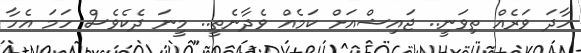
ހާދަ ވަރެއް ތިވަނީ.. ޖައިޝްއަށް ކަމެއް ވެދާނެތީ.. މީނަ ދެކެވެސް ހަމަ އެހާ